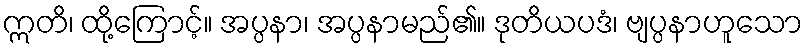
ဣတိ၊ ထို့ကြောင့်။ အပ္ပနာ၊ အပ္ပနာမည်၏။ ဒုတိယပဒံ၊ ဗျပ္ပနာဟူသော